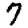
Digit: 7